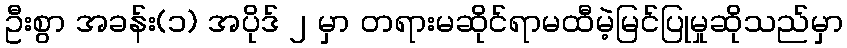
ဦးစွာ အခန်း(၁) အပိုဒ် ၂ မှာ တရားမဆိုင်ရာမထီမဲ့မြင်ပြုမှုဆိုသည်မှာ